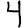
Digit: 4